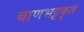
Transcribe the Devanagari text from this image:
बाणभट्टकृत